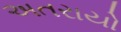
અતરાયો